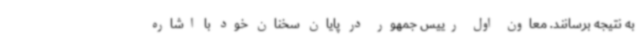
به نتیجه برسانند. معاون اول رییس جمهور در پایان سخنان خود با اشاره